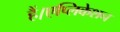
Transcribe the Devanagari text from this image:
हैं।एप्लिकेशन